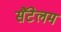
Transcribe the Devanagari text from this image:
सैंटेलम